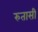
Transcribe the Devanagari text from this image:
रुतासी